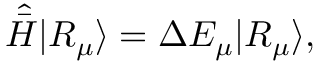
\hat { \bar { H } } | R _ { \mu } \rangle = \Delta E _ { \mu } | R _ { \mu } \rangle ,